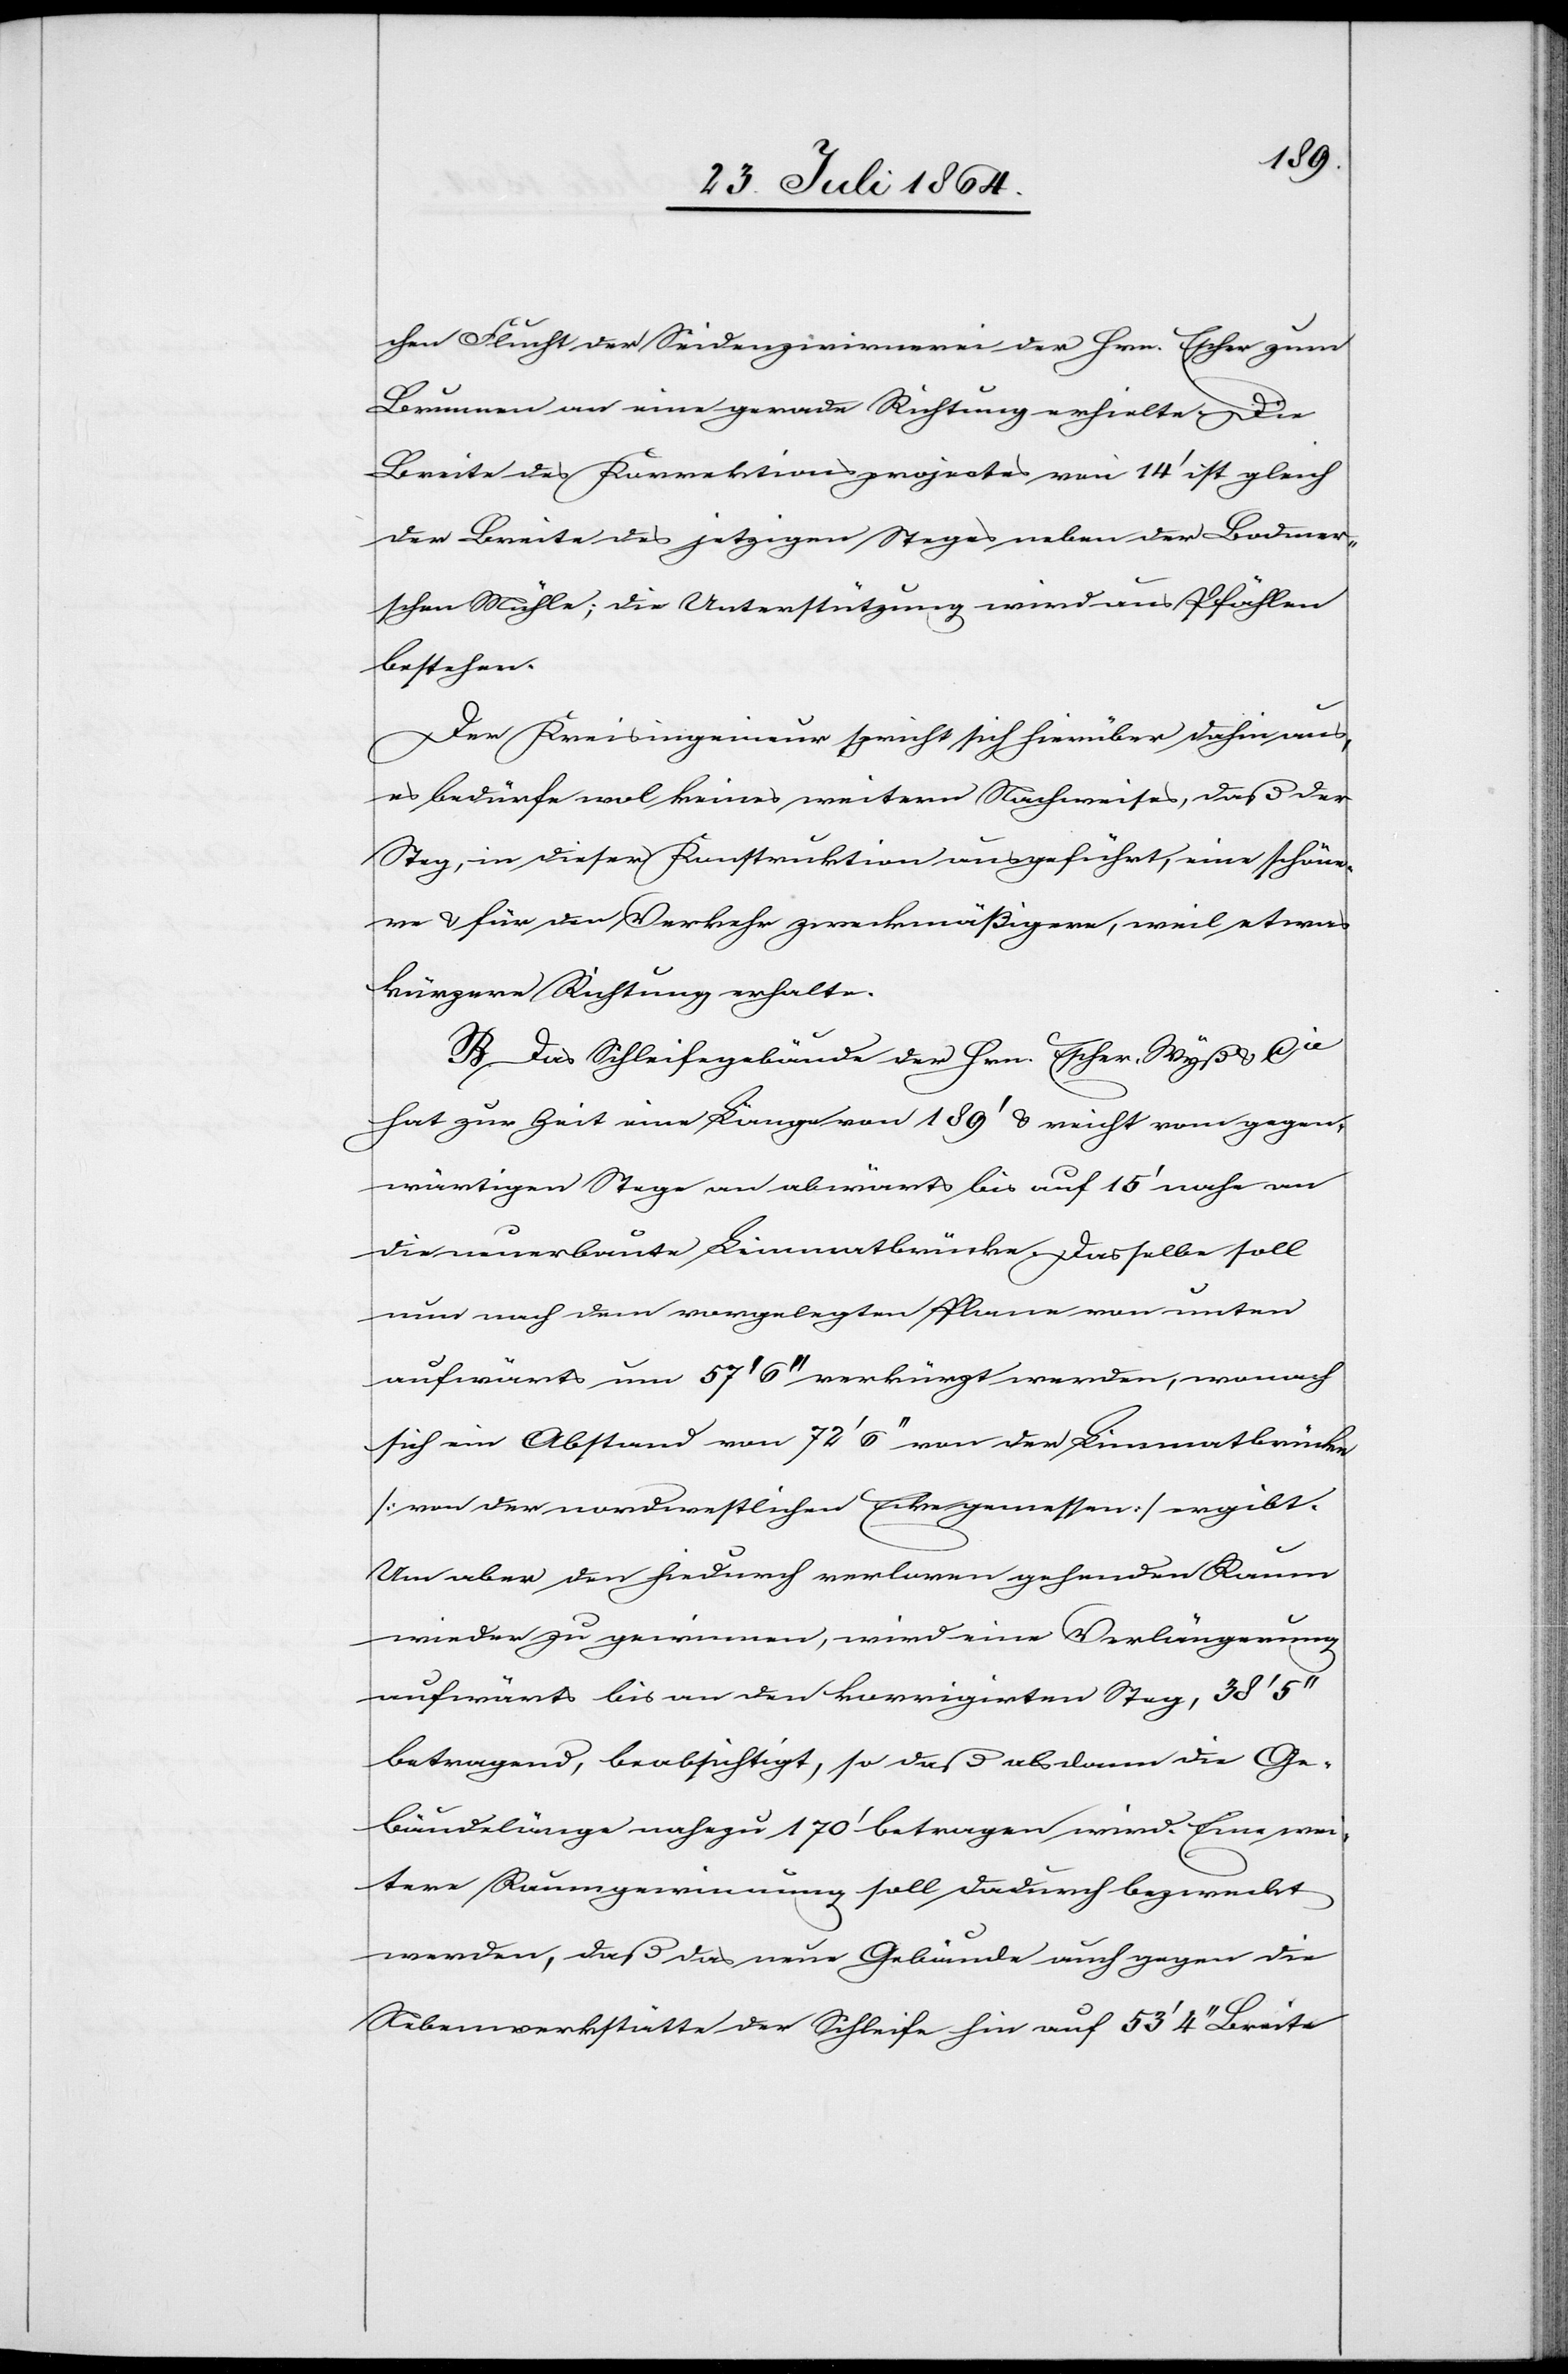
chen Flucht der Seidenzwirnerei der Hrn. Escher zum
Brunnen an eine gerade Richtung erhielte. Die
Breite des Korrektionsprojektes von 14’ ist gleich
der Breite des jetzigen Steges neben der Bodmer¬
schen Mühle; die Unterstützung wird aus Pfählen
bestehen.
Der Kreisingenieur spricht sich hierüber dahin aus,
es bedürfe wol keines weitern Nachweises, daß der
Steg, in dieser Konstruktion ausgeführt, eine schöne¬
re & für den Verkehr zweckmäßigere, weil etwas
kürzere Richtung erhalte.
B. Das Schleifgebäude der Hrn. Escher, Wyß & Cie
hat zur Zeit eine Länge von 189’ & reicht vom gegen¬
wärtigen Stege an abwärts bis auf 15’ nahe an
die neuerbaute Limmatbrücke. Das selbe soll
nun nach dem vorgelegten Plane von unten
aufwärts um 57’ 6’’ verkürzt werden, wonach
sich ein Abstand von 72’ 6’’ von der Limmatbrücke
[von der nordwestlichen Ecke gemessen] ergibt.
Um aber den hiedurch verloren gehenden Kamm
wieder zu gewinnen, wird eine Verlängerung
aufwärts bis an den korrigirten Steg, 38’ 5’’
betragend, beabsichtigt, so daß alsdann die Ge¬
bäudelänge nahezu 170’ betragen wird. Eine wei¬
tere Raumgewinnung soll dadurch bezweckt
werden, daß das neue Gebäude auch gegen die
Nebenwerkstätte der Schleife hin auf 53’ 4’’ Breite